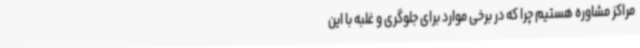
مراکز مشاوره هستیم چرا که در برخی موارد برای جلوگری و غلبه با این